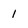
Character: 1